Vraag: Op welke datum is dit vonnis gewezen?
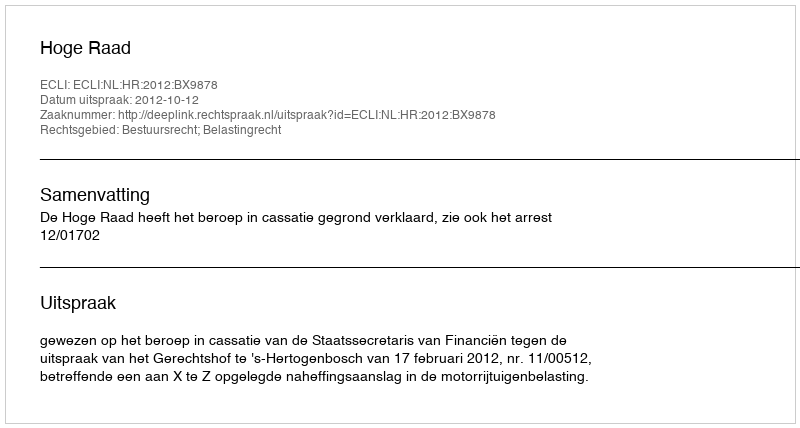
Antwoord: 2012-10-12